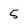
Character: 5